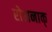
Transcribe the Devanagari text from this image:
रोशनाक्‌